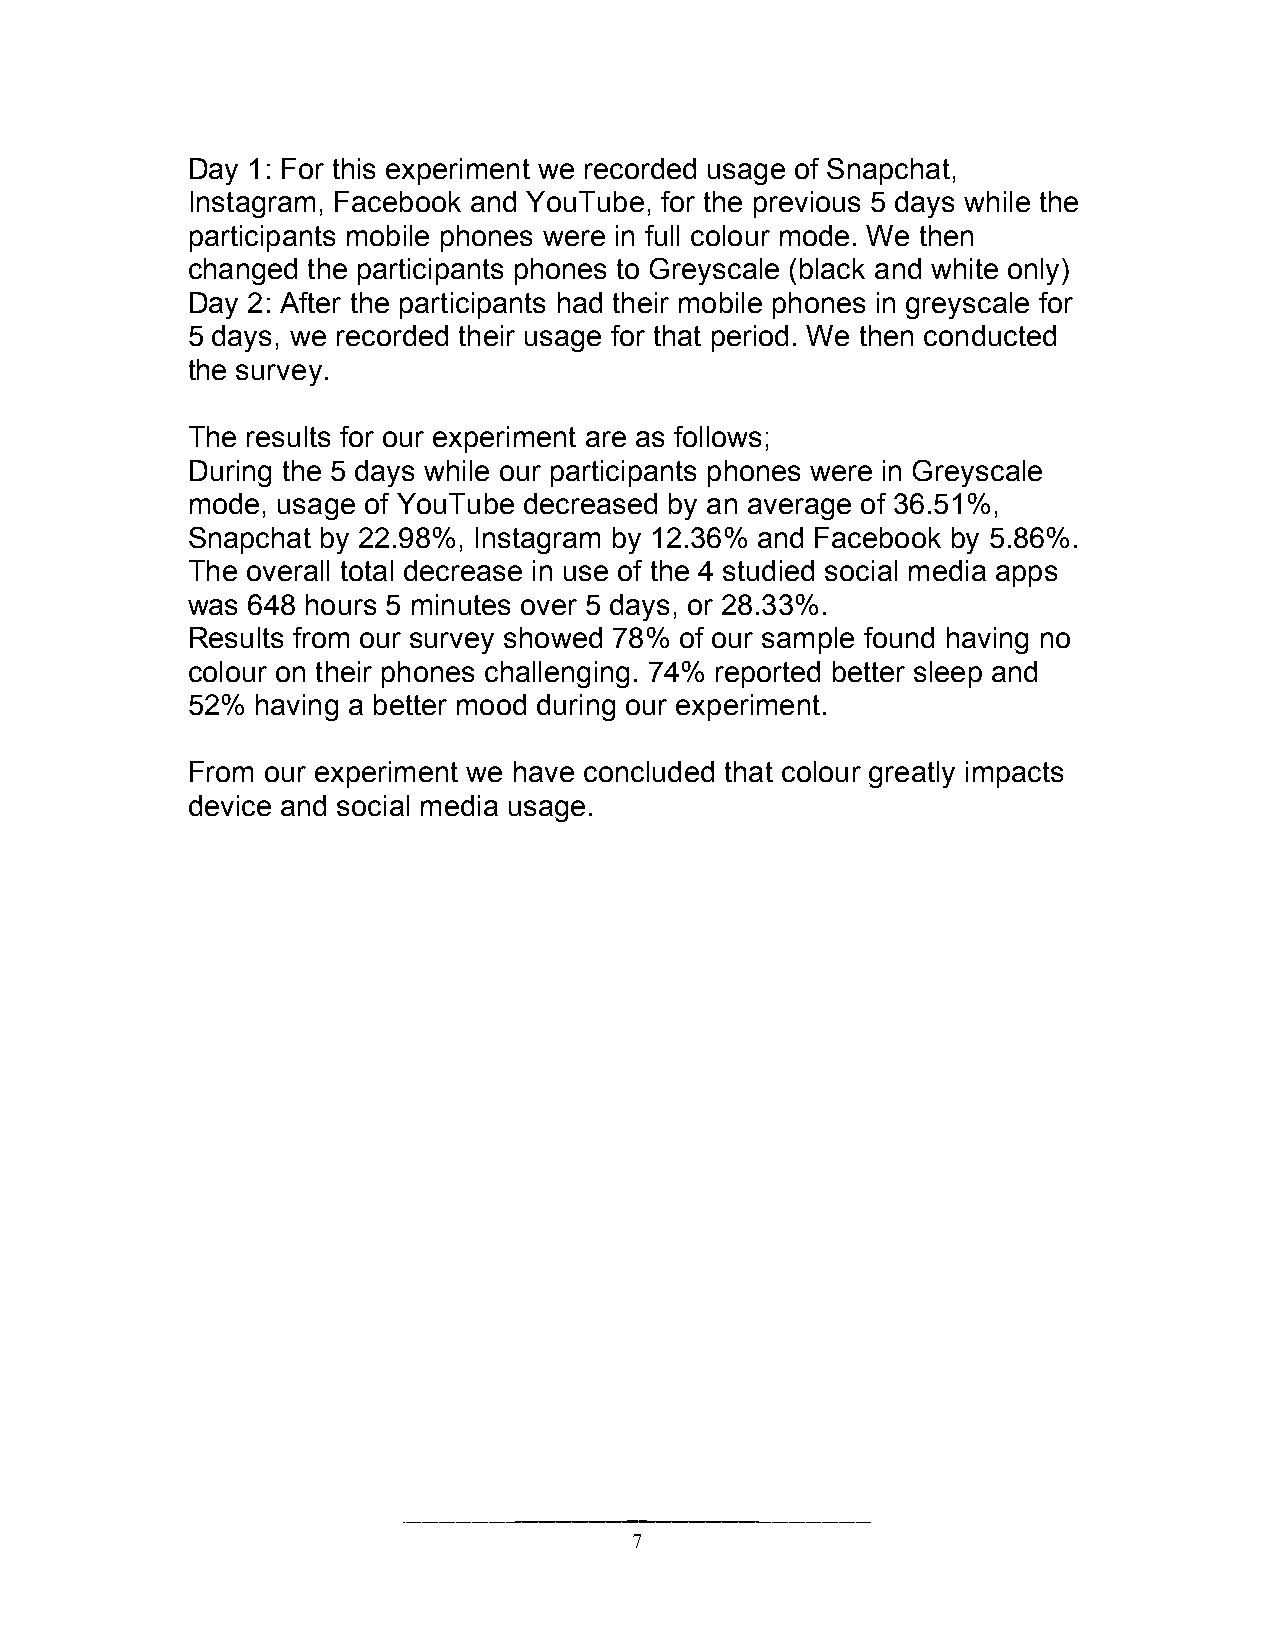
Day 1: For this experiment we recorded usage of Snapchat,
 Instagram, Facebook and YouTube, for the previous 5 days while the
 participants mobile phones were in full colour mode. We then
 changed the participants phones to Greyscale (black and white only)
 Day 2: After the participants had their mobile phones in greyscale for
 5 days, we recorded their usage for that period. We then conducted
 the survey.
 The results for our experiment are as follows;
 During the 5 days while our participants phones were in Greyscale
 mode, usage of YouTube decreased by an average of 36.51%,
 Snapchat by 22.98%, Instagram by 12.36% and Facebook by 5.86%.
 The overall total decrease in use of the 4 studied social media apps
 was 648 hours 5 minutes over 5 days, or 28.33%.
 Results from our survey showed 78% of our sample found having no
 colour on their phones challenging. 74% reported better sleep and
 52%  having a better mood during our experiment.
 From our experiment we have concluded that colour greatly impacts
 device and social media usage.
 7